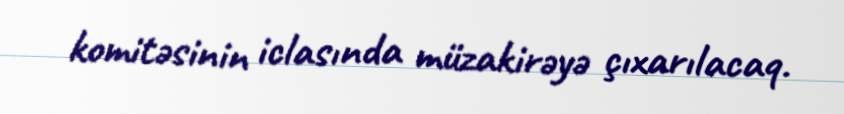
komitəsinin iclasında müzakirəyə çıxarılacaq.